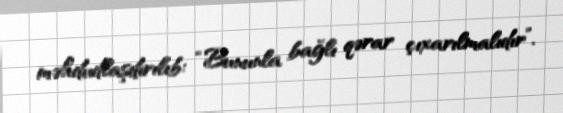
məhdudlaşdırılıb: “Bununla bağlı qərar çıxarılmalıdır”.